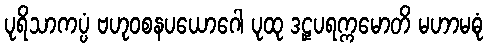
ပုရိသာကပ္ပံ ဗဟုဝစနပယောဂေါ ပုထု ဒဠှပရက္ကမောတိ မဟာမဓုံ